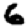
Digit: 6